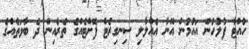
ހުއްޓާ ފުލުހުން އައުމުން އޭނާ އެއްލާލި ސިނގިރެޓް ފޮށްޓެއްގެ ތެރެއިން ދެ ބާވަތެއްގެ